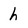
Character: h